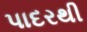
પાદરથી